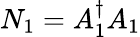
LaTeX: N_{1}=A_{1}^{\dagger}A_{1}